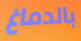
بالدماغ